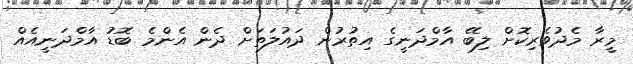
މީރާ މެދުވެރިކޮށް ލިބޭ އާމްދަނީގެ އިތުރުން ދައުލަތަށް ދެން އެންމެ ބޮޑު އާމްދަނީއެއް